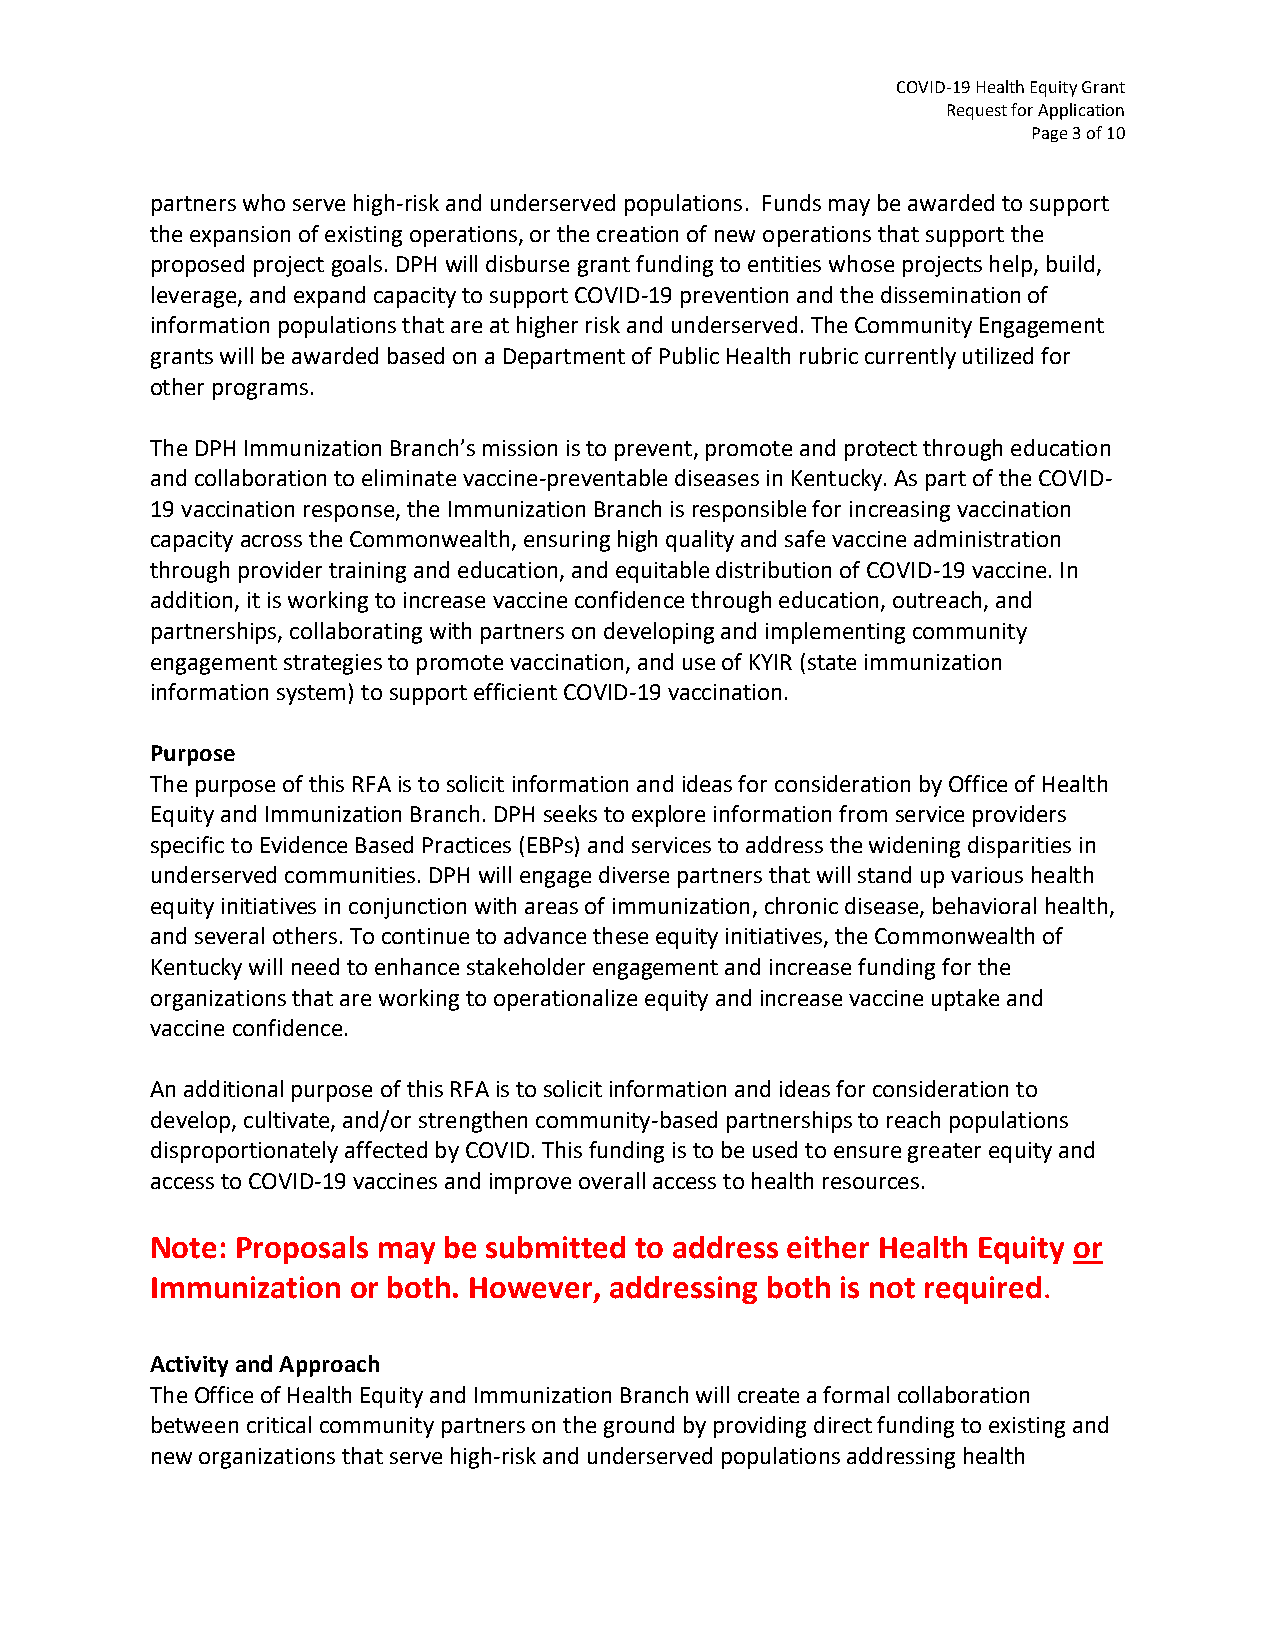
COVID-19 Health Equity Grant
 Request for Application
 Page 3 of 10
 partners who serve high-risk and underserved populations. Funds may be awarded to support
 the expansion of existing operations, or the creation of new operations that support the
 proposed project goals. DPH will disburse grant funding to entities whose projects help, build,
 leverage, and expand capacity to support COVID-19 prevention and the dissemination of
 information populations that are at higher risk and underserved. The Community Engagement
 grants will be awarded based on a Department of Public Health rubric currently utilized for
 other programs.
 The DPH Immunization Branch’s mission is to prevent, promote and protect through education
 and collaboration to eliminate vaccine-preventable diseases in Kentucky. As part of the COVID-
 19 vaccination response, the Immunization Branch is responsible for increasing vaccination
 capacity across the Commonwealth, ensuring high quality and safe vaccine administration
 through provider training and education, and equitable distribution of COVID-19 vaccine. In
 addition, it is working to increase vaccine confidence through education, outreach, and
 partnerships, collaborating with partners on developing and implementing community
 engagement strategies to promote vaccination, and use of KYIR (state immunization
 information system) to support efficient COVID-19 vaccination.
 Purpose
 The purpose of this RFA is to solicit information and ideas for consideration by Office of Health
 Equity and Immunization Branch. DPH seeks to explore information from service providers
 specific to Evidence Based Practices (EBPs) and services to address the widening disparities in
 underserved communities. DPH will engage diverse partners that will stand up various health
 equity initiatives in conjunction with areas of immunization, chronic disease, behavioral health,
 and several others. To continue to advance these equity initiatives, the Commonwealth of
 Kentucky will need to enhance stakeholder engagement and increase funding for the
 organizations that are working to operationalize equity and increase vaccine uptake and
 vaccine confidence.
 An additional purpose of this RFA is to solicit information and ideas for consideration to
 develop, cultivate, and/or strengthen community-based partnerships to reach populations
 disproportionately affected by COVID. This funding is to be used to ensure greater equity and
 access to COVID-19 vaccines and improve overall access to health resources.
 Note: Proposals may be submitted to address either Health Equity or
 Immunization or both. However, addressing both is not required.
 Activity and Approach
 The Office of Health Equity and Immunization Branch will create a formal collaboration
 between critical community partners on the ground by providing direct funding to existing and
 new organizations that serve high-risk and underserved populations addressing health